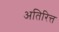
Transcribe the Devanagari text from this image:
अतिरित्त